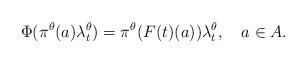
LaTeX: \begin{align*}\Phi(\pi^{\theta}(a)\lambda_t^{\theta}) = \pi^{\theta}(F(t)(a))\lambda_t^{\theta}, \ \ \ a\in A.\end{align*}